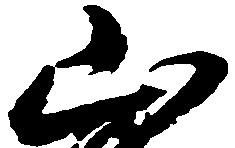
山